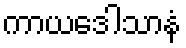
ကာယဒေါသာနံ